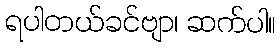
ရပါတယ်ခင်ဗျာ၊ ဆက်ပါ။